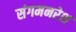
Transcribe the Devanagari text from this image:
संगमनरेश